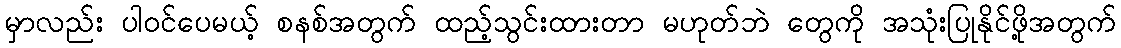
မှာလည်း ပါဝင်ပေမယ့် စနစ်အတွက် ထည့်သွင်းထားတာ မဟုတ်ဘဲ တွေကို အသုံးပြုနိုင်ဖို့အတွက်